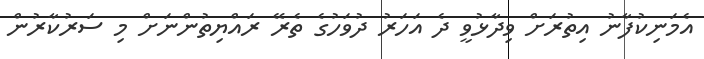
އެމަނިކުފާނު އިތުރަށް ވިދާޅުވީ ދެ އަހަރު ދުވަހުގެ ތެރޭ ރައްޔިތުންނަށް މި ސަރުކާރުން